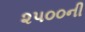
૨૫૦૦ની